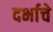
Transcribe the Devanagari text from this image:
दर्भाचे